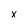
Character: x